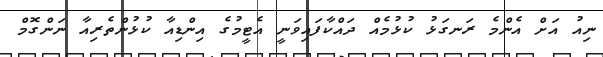
ނިއު އަށް އެންމެ ރަނގަޅު ކުޅުމެއް ދައްކާފައިވަނީ އެޓީމުގެ އިންޑިއާ ކުޅުންތެރިއާ ނަންގޮމް